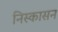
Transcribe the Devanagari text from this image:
निस्कासन